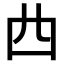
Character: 𠁤